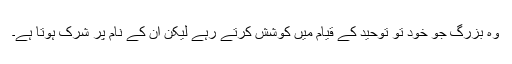
وہ بزرگ جو خود تو توحید کے قیام میں کوشش کرتے رہے لیکن ان کے نام پر شرک ہوتا ہے۔